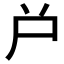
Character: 𡰤